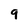
Character: 9